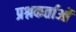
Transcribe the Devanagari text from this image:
प्रश्नकर्ताओं